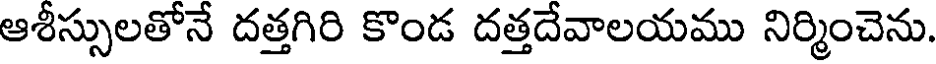
ఆశీస్సులతోనే దత్తగిరి కొండ దత్తదేవాలయము నిర్మించెను.